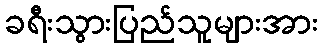
ခရီးသွားပြည်သူများအား